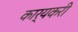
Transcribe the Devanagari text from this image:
कार्यकरी